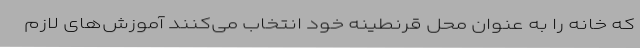
که خانه را به عنوان محل قرنطینه خود انتخاب می‌کنند آموزش‌های لازم